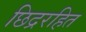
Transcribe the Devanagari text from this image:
छिद्ररहित